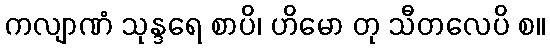
ကလျာဏံ သုန္ဒရေ စာပိ၊ ဟိမော တု သီတလေပိ စ။